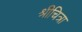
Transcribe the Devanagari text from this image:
श्रीचित्रा